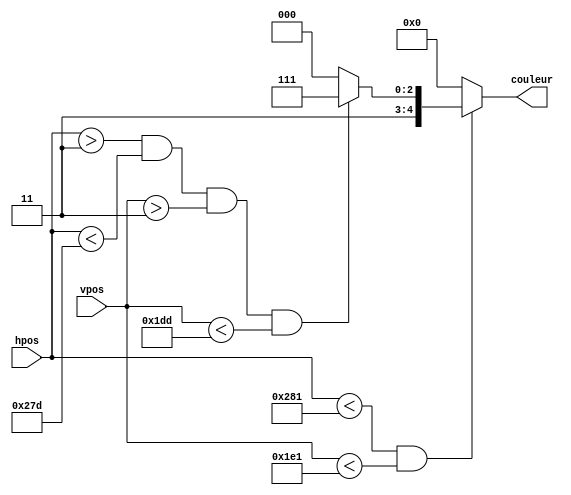
`timescale 1ns / 1ps
//////////////////////////////////////////////////////////////////////////////////
// Company: 
// Engineer: 
// 
// Design Name: 
// Module Name:    Cadre 
// Project Name: 
// Target Devices: 
// Tool versions: 
// Description: 
//
// Dependencies: 
//
// Revision: 
// Revision 0.01 - File Created
// Additional Comments: 
//
//////////////////////////////////////////////////////////////////////////////////
module Cadre(
    input [10:0] hpos,
    input [10:0] vpos,
    output [4:0] couleur
    );
//jaune : 11000

parameter EPAISSEUR_CADRE = 3;
parameter LARGEUR_ECRAN = 640;
parameter HAUTEUR_ECRAN = 480;

reg [4:0] regCouleur;

	always @(hpos or vpos) begin
		if (hpos < LARGEUR_ECRAN + 1 && vpos < HAUTEUR_ECRAN + 1) begin
			if (hpos > EPAISSEUR_CADRE && hpos < LARGEUR_ECRAN - EPAISSEUR_CADRE && vpos > EPAISSEUR_CADRE && vpos < HAUTEUR_ECRAN - EPAISSEUR_CADRE) begin
				regCouleur <= 5'b11111;
			end
			else begin
				regCouleur <= 5'b11000;
			end
		end
		else begin
			regCouleur <= 5'b00000;
		end
	end
	
	assign couleur = regCouleur;
			

endmodule